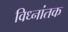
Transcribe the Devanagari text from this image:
विध्नांतक